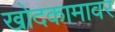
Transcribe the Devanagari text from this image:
खोदकामावर